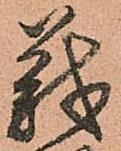
義